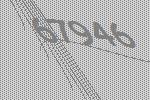
67946